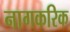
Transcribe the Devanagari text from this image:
नागकरिक